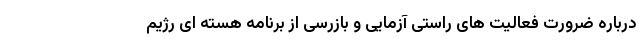
درباره ضرورت فعالیت های راستی آزمایی و بازرسی از برنامه هسته ای رژیم